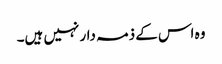
وہ اس کے ذمہ دار نہیں ہیں۔